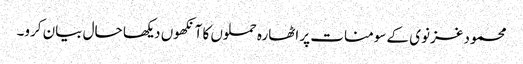
محمود غزنوی کے سومنات پر اٹھارہ حملوں کا آنکھوں دیکھا حال بیان کرو۔